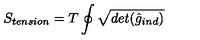
S _ { t e n s i o n } = T \oint \sqrt { d e t ( { \hat { g } _ { i n d } } ) }